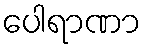
ပေါရာဏာ